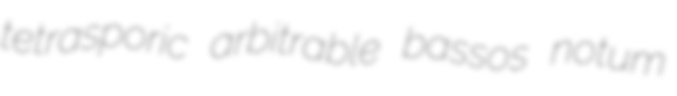
tetrasporic arbitrable bassos notum